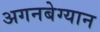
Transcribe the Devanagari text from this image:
अगनबेग्यान